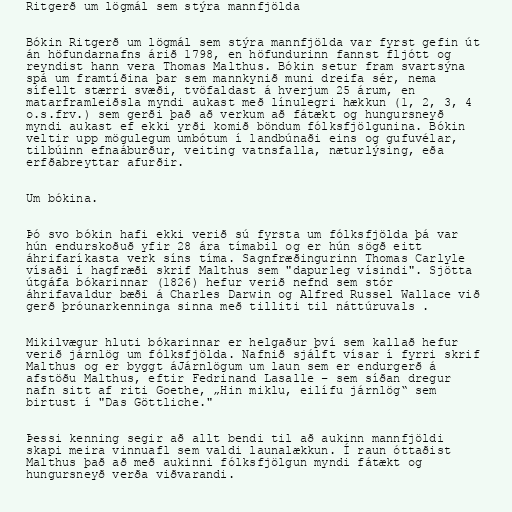
Ritgerð um lögmál sem stýra mannfjölda

Bókin Ritgerð um lögmál sem stýra mannfjölda var fyrst gefin út
án höfundarnafns árið 1798, en höfundurinn fannst fljótt og
reyndist hann vera Thomas Malthus. Bókin setur fram svartsýna
spá um framtíðina þar sem mannkynið muni dreifa sér, nema
sífellt stærri svæði, tvöfaldast á hverjum 25 árum, en
matarframleiðsla myndi aukast með línulegri hækkun (1, 2, 3, 4
o.s.frv.) sem gerði það að verkum að fátækt og hungursneyð
myndi aukast ef ekki yrði komið böndum fólksfjölgunina. Bókin
veltir upp mögulegum umbótum í landbúnaði eins og gufuvélar,
tilbúinn efnaáburður, veiting vatnsfalla, næturlýsing, eða
erfðabreyttar afurðir.

Um bókina.

Þó svo bókin hafi ekki verið sú fyrsta um fólksfjölda þá var
hún endurskoðuð yfir 28 ára tímabil og er hún sögð eitt
áhrifaríkasta verk síns tíma. Sagnfræðingurinn Thomas Carlyle
vísaði í hagfræði skrif Malthus sem "dapurleg vísindi". Sjötta
útgáfa bókarinnar (1826) hefur verið nefnd sem stór
áhrifavaldur bæði á Charles Darwin og Alfred Russel Wallace við
gerð þróunarkenninga sinna með tilliti til náttúruvals .

Mikilvægur hluti bókarinnar er helgaður því sem kallað hefur
verið járnlög um fólksfjölda. Nafnið sjálft vísar í fyrri skrif
Malthus og er byggt áJárnlögum um laun sem er endurgerð á
afstöðu Malthus, eftir Fedrinand Lasalle – sem síðan dregur
nafn sitt af riti Goethe, „Hin miklu, eilífu járnlög“ sem
birtust í "Das Göttliche."

Þessi kenning segir að allt bendi til að aukinn mannfjöldi
skapi meira vinnuafl sem valdi launalækkun. Í raun óttaðist
Malthus það að með aukinni fólksfjölgun myndi fátækt og
hungursneyð verða viðvarandi.